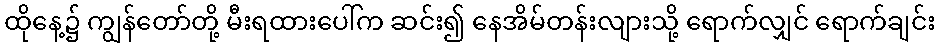
ထိုနေ့၌ ကျွန်တော်တို့ မီးရထားပေါ်က ဆင်း၍ နေအိမ်တန်းလျားသို့ ရောက်လျှင် ရောက်ချင်း